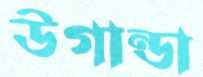
উগান্ডা